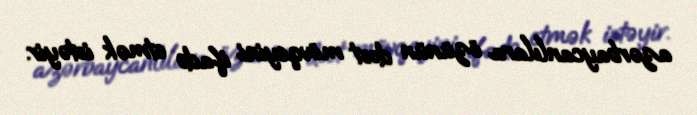
azərbaycanlılara özünün dost mövqeyini ifadə etmək istəyir.